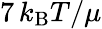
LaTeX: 7\, k_{\mathrm{B}}T/\mu